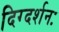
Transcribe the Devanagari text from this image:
दिग्दर्शनः